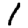
Digit: 1